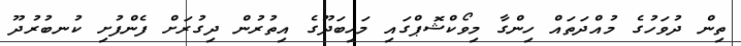
ތިން ދުވަހުގެ މުއްދަތައް ހިންގާ މިވޯކްޝޮޕްގައި މަހިބަދޫގެ އިތުރުން ދިގުރަށް ފެންފުށި ކުނބުރުދޫ